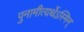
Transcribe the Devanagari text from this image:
पुनामीत्यर्थेऽस्मिन्